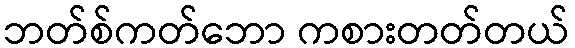
ဘတ်စ်ကတ်ဘော ကစားတတ်တယ်